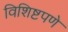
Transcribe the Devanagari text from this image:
विशिष्टपणे